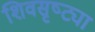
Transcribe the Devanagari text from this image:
शिवसृष्ट्या